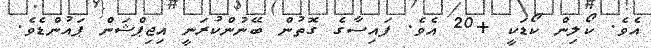
އެވެ. ކޯލިން ކޯޑަކީ +20 އެވެ. ފައިސާގެ ގޮތުން ބޭނުންކުރަނީ އިޖިޕްޝަން ޕައުންޑެވެ.